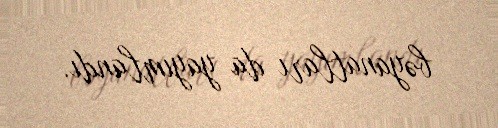
bəyanatları da yayımlandı.